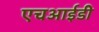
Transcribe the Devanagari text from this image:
एचआईडी